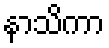
နာသိကာ